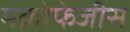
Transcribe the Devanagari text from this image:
मक्रोफेजीस